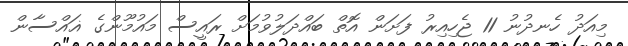
މިއަދު ހެނދުނު 11 ޖެހިއިރު ފަށަން އޮތް ބައްދަލުވުމަށް ރައީސް މައުމޫންގެ ޣައްސާން